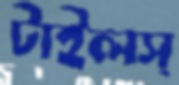
টাইলস্